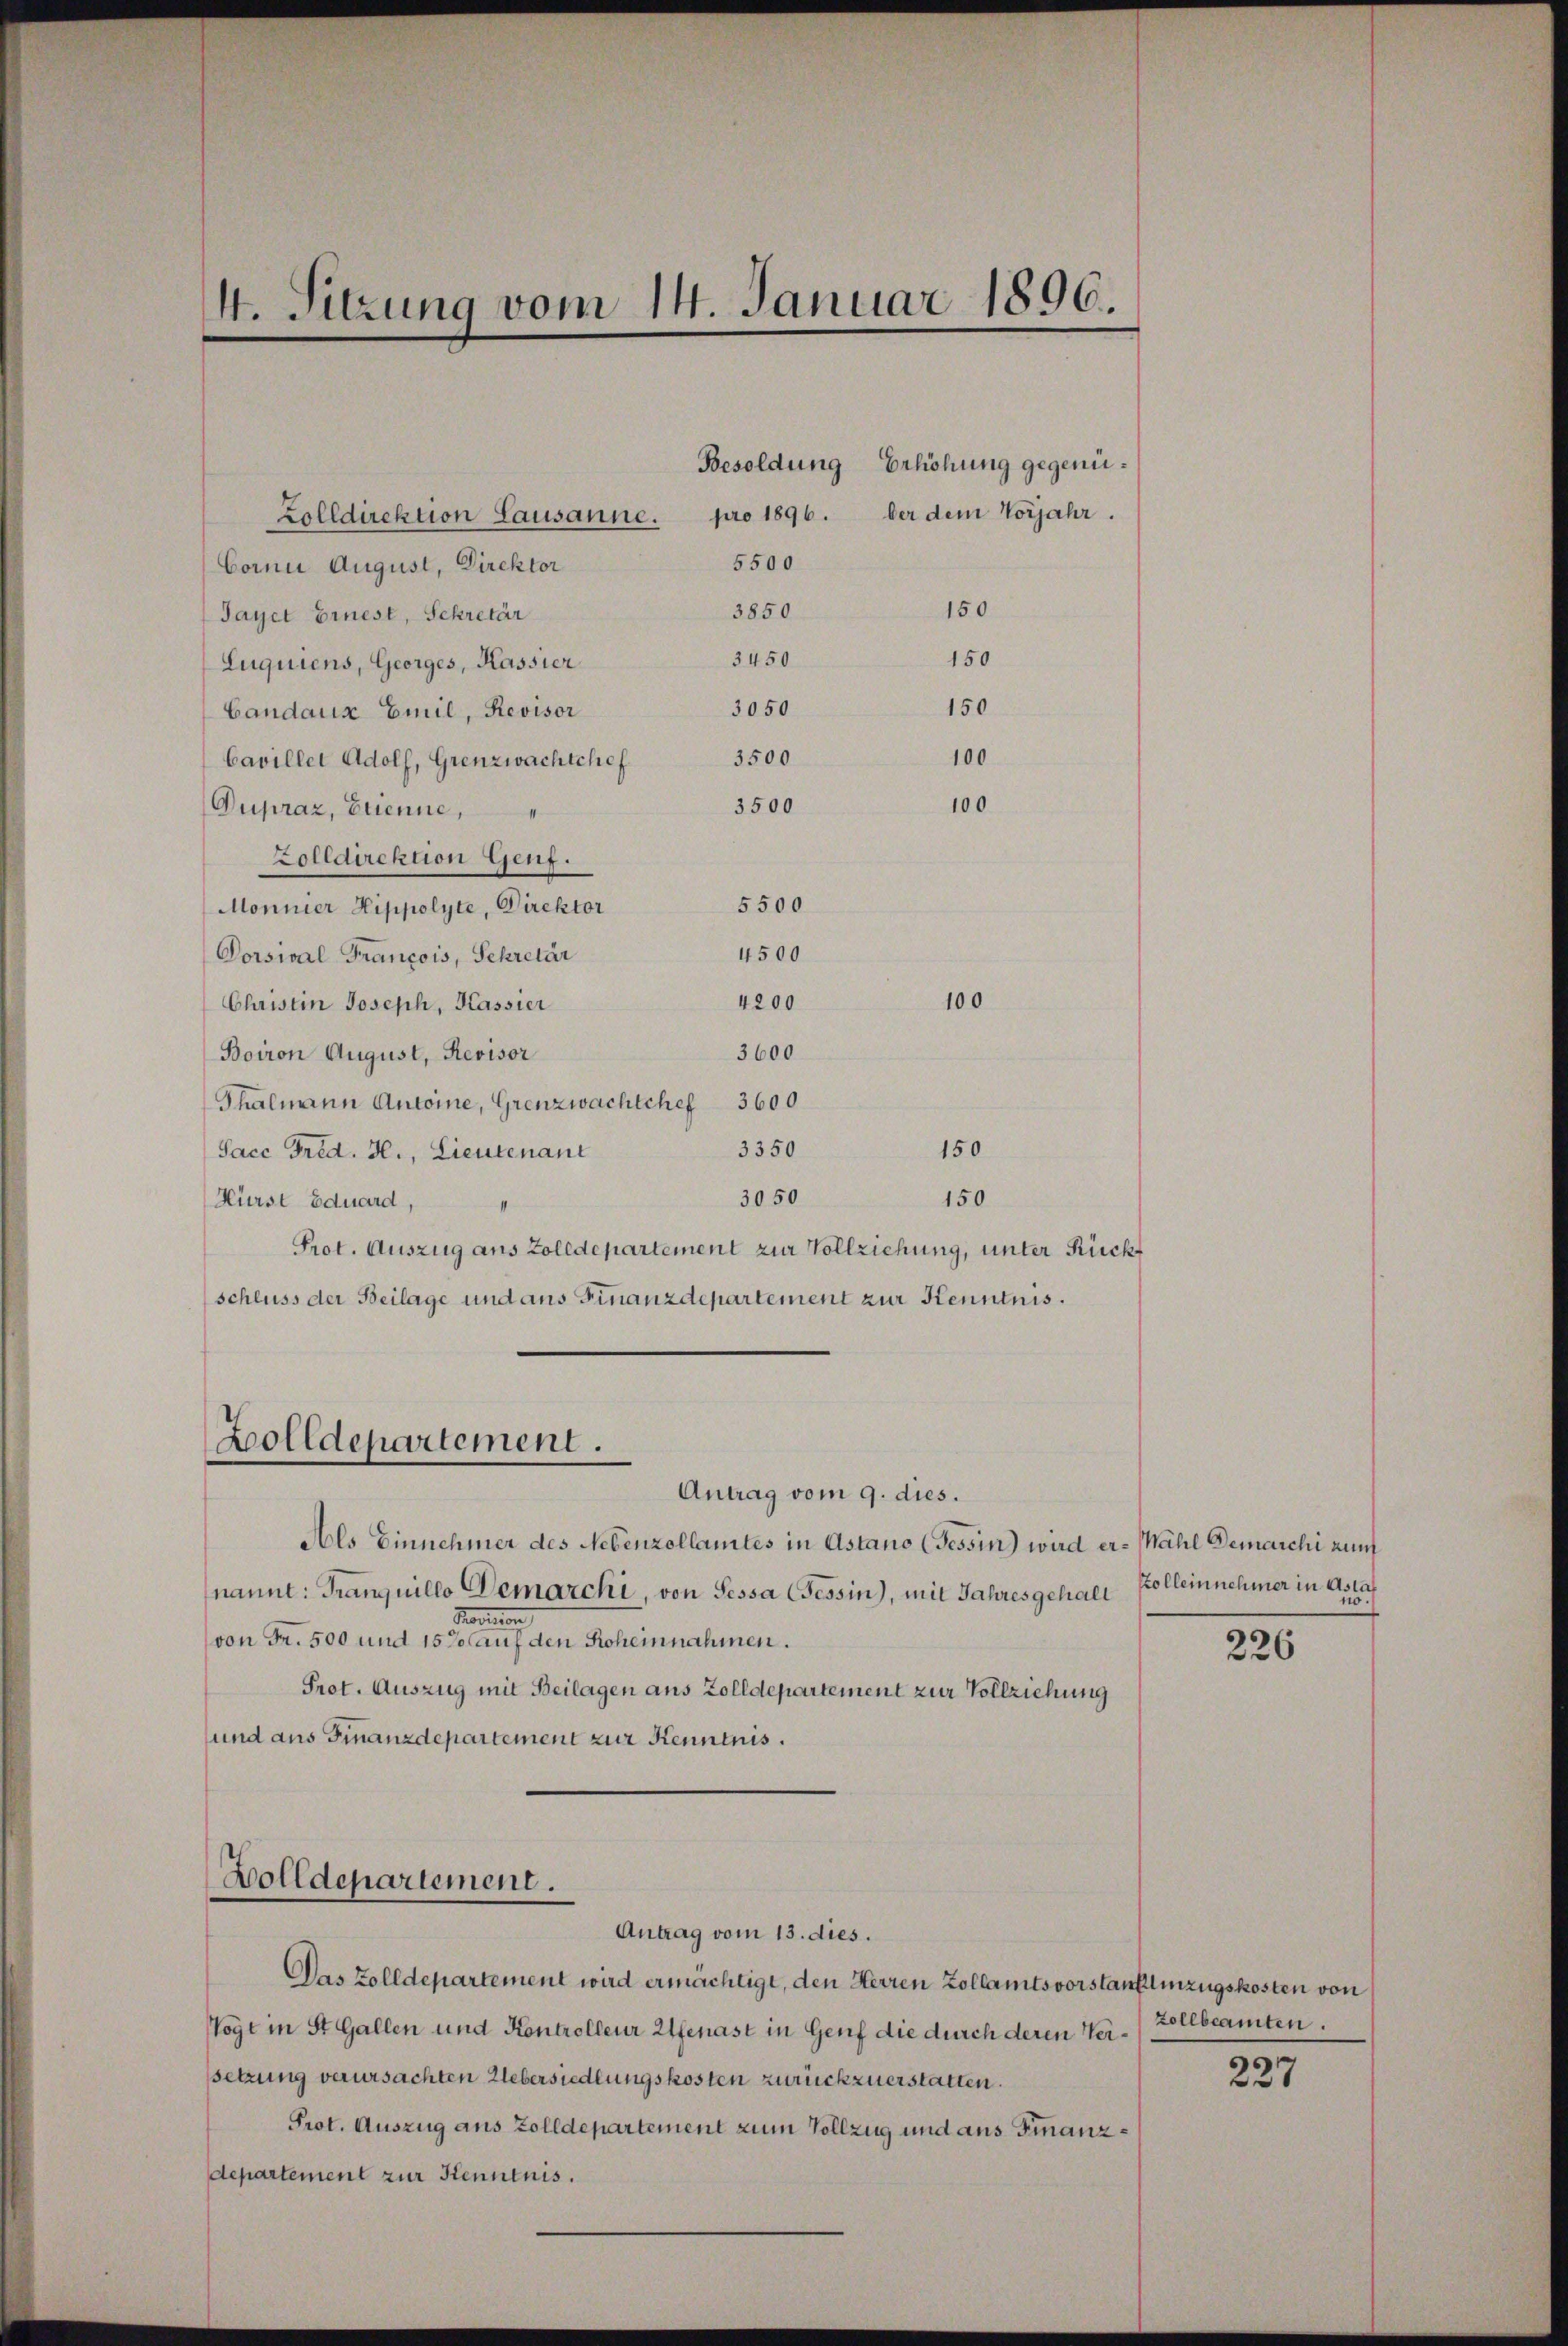
4. Sitzung vom 14. Januar 1896.

Zolldirektion Lausanne. pro 1896. Der dem Vorjahr.
5500
Corni August, Direktor
3850
Jayet Ernest, Sekretär
3450
Luquiens, Georges, Kassier
3050
Gandaus Emil, Revisor
3500
100
bavillet Adolf, Grenzwachtchef
100
3500
Dupraz, Etienne,
Zolldirektion Genf.
5500
Monnier Hippolyte, Direktor
4500
Porsival François, Sekretär
4200
100
Christin Joseph, Kassier
Boiron August, Revisor
3600
Thalmann Antoine, Grenzwachtchef 3600
3350
Sace Fred. H., Lieutenant
150
3050
Hürst Eduard,
150
Prot. Auszug aus Zolldepartement zur Vollziehung, unter Rückt
schluss der Beilage und aus Finanzdepartement zur Kenntnis.
Zolldepartement.

Antrag vom 9. dies.

Besoldung Erhöhung gegenü¬

Holldepartement.
Antrag vom 13. dies.

150
150
150

Als Einnehmer des Nebenzollamtes in Astano (Tessin) wird er- Mähl Demarchi zum
nannt: Tranquillo Demarchi, von Pessa Cessin), mit Jahres gehalt Kolleinnehmer in Astaf
Macion
von Fr. 500 und 15 auf den Roheinnahmen.
Prot. Auszug mit Beilagen aus Zolldepartement zur Vollziehung
und aus Finanzdepartement zur Kenntnis.

Das Zolldepartement wird ermächtigt, den Herren Zollamtsvorstanklinzugskosten von
Vogt in St. Gallen und Kontrolleur Ufenast in Genf die durch deren Verssetzung verursachten Uebersiedlungskosten zurückzuerstatten.
Prot. Auszug aus Zolldepartement zum Vollzug und aus Finanzdepartement zur Kenntnis.

226

zollbeamten.
227